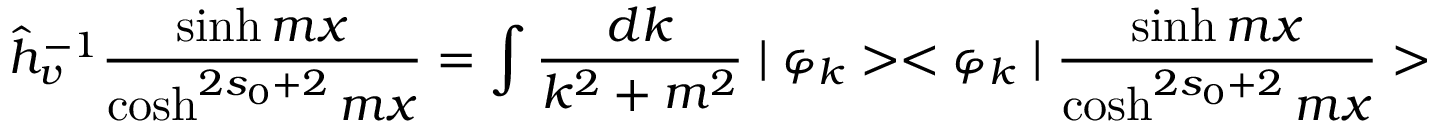
\hat { h } _ { v } ^ { - 1 } \frac { \sinh m x } { \cosh ^ { 2 s _ { 0 } + 2 } m x } = \int \frac { d k } { k ^ { 2 } + m ^ { 2 } } \mid \varphi _ { k } > < \varphi _ { k } \mid \frac { \sinh m x } { \cosh ^ { 2 s _ { 0 } + 2 } m x } >